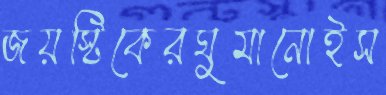
জয়স্টিকেরঘুমানোইস